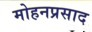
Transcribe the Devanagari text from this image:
मोहनप्रसाद